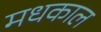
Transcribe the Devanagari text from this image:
मधकाल